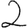
Digit: 2